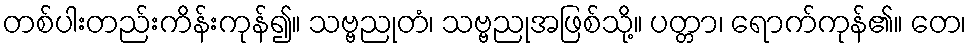
တစ်ပါးတည်းကိန်းကုန်၍။ သဗ္ဗညုတံ၊ သဗ္ဗညုအဖြစ်သို့။ ပတ္တာ၊ ရောက်ကုန်၏။ တေ၊